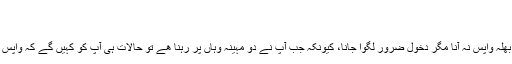
دال مسور​
کنعان, ‏اپریل 19, 2010
بھائی صاحب جب ملک میں جاؤ گے تو بھلہ واپس نہ آنا مگر دخول ضرور لگوا جانا، کیونکہ جب آپ نے دو مہینہ وہاں پر رہنا ھے تو حالات ہی آپ کو کہیں گے کہ واپس جانا ھے بھئی یہاں پر گزارا مشکل ھے۔